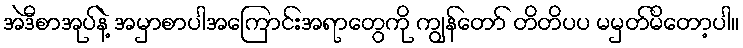
အဲဒီစာအုပ်နဲ့ အမှာစာပါအကြောင်းအရာတွေကို ကျွန်တော် တိတိပပ မမှတ်မိတော့ပါ။